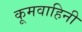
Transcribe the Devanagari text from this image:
कूमवाहिनी